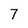
Character: 7